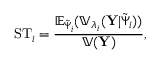
\mathrm { S T } _ { i } = \frac { \mathbb { E } _ { \tilde { \Psi } _ { i } } ( \mathbb { V } _ { \lambda _ { i } } ( { \bf Y } | \tilde { \Psi } _ { i } ) ) } { \mathbb { V } ( { \bf Y } ) } ,